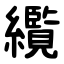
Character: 䌫